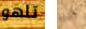
تلهو لقبه